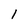
Character: l